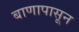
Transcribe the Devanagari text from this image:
बाणापासून